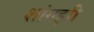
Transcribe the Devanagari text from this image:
शांगझी